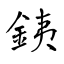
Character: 銕